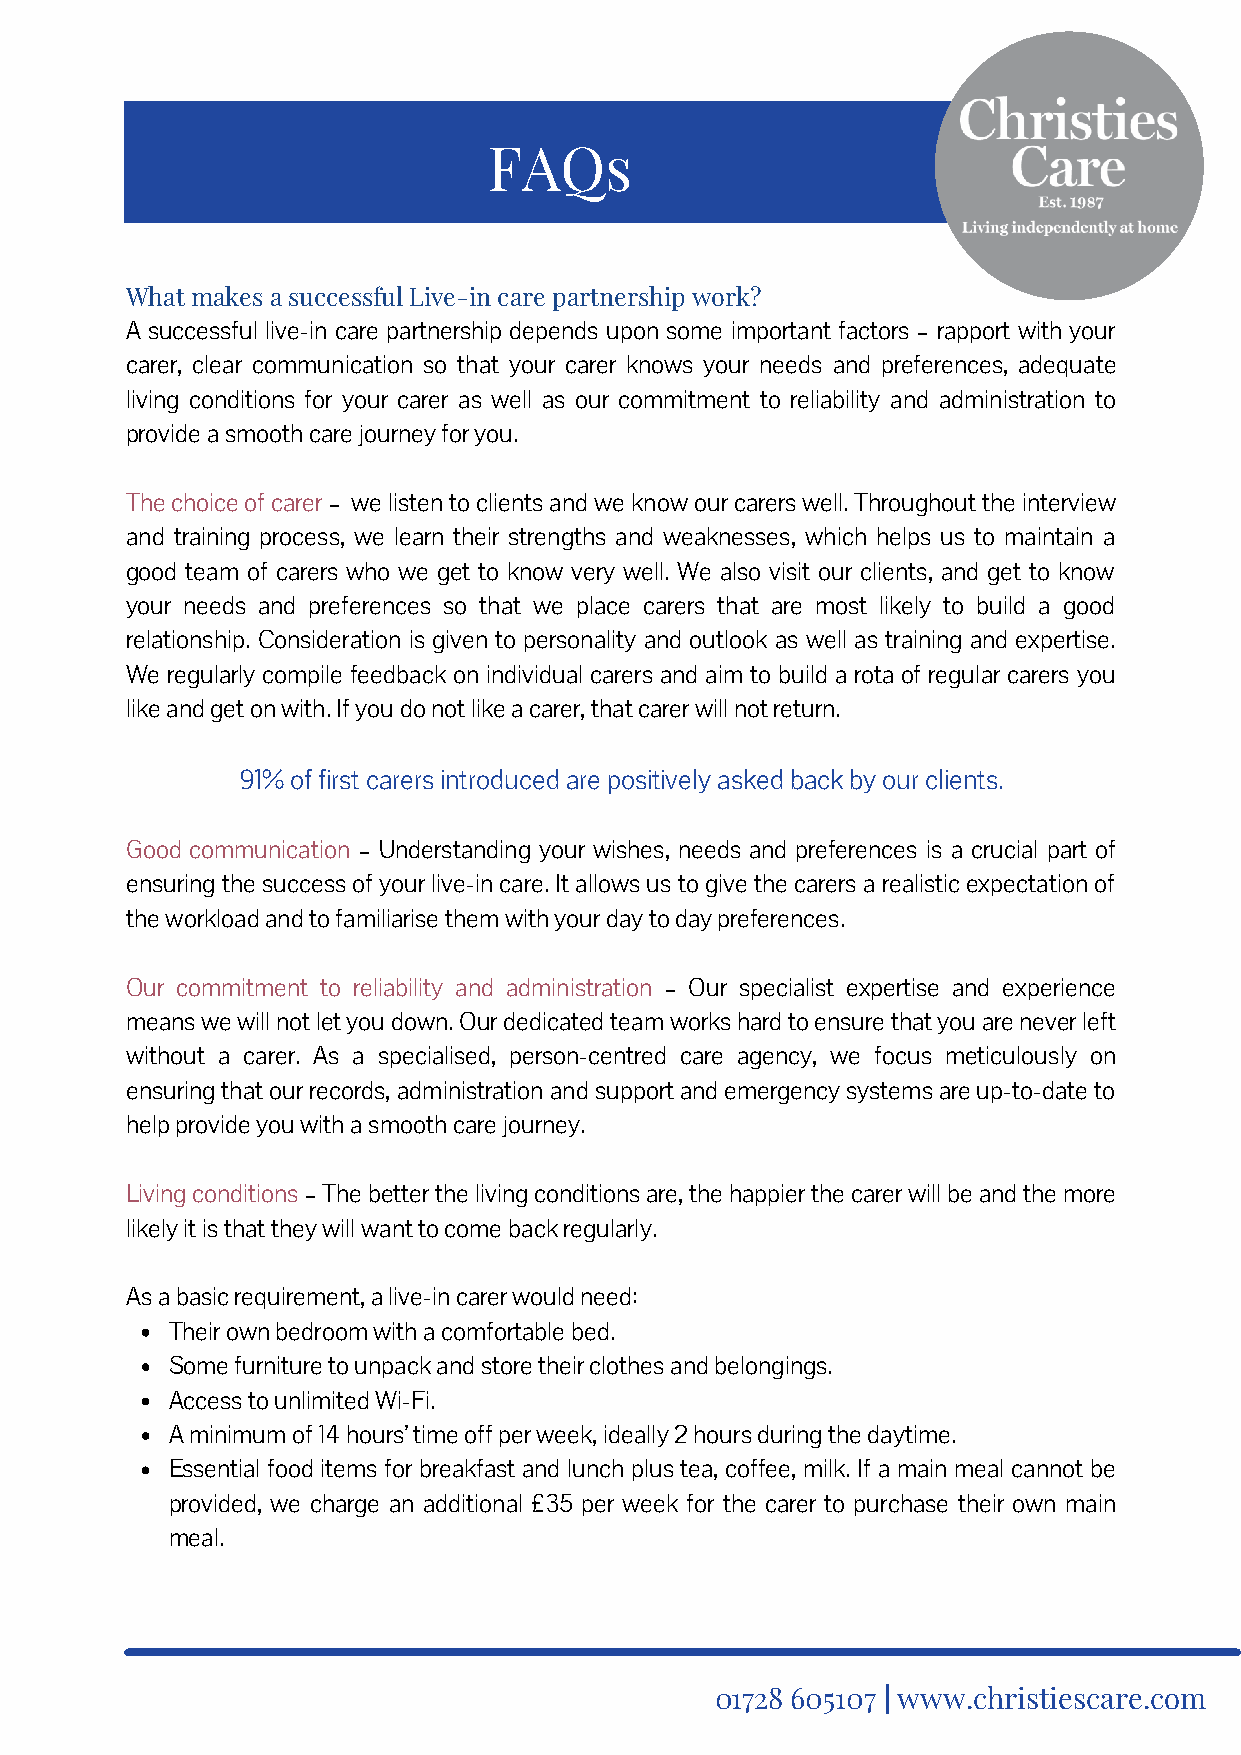
FAQs
 What makes a successful Live-in care partnership work?
 A successful live-in care partnership depends upon some important factors – rapport with your
 carer, clear communication so that your carer knows your needs and preferences, adequate
 living conditions for your carer as well as our commitment to reliability and administration to
 provide a smooth care journey for you.
 The choice of carer – we listen to clients and we know our carers well. Throughout the interview
 and training process, we learn their strengths and weaknesses, which helps us to maintain a
 good team of carers who we get to know very well. We also visit our clients, and get to know
 your needs and preferences so that we place carers that are most likely to build a good
 relationship. Consideration is given to personality and outlook as well as training and expertise.
 We regularly compile feedback on individual carers and aim to build a rota of regular carers you
 like and get on with. If you do not like a carer, that carer will not return.
 91% of first carers introduced are positively asked back by our clients.
 Good communication – Understanding your wishes, needs and preferences is a crucial part of
 ensuring the success of your live-in care. It allows us to give the carers a realistic expectation of
 the workload and to familiarise them with your day to day preferences.
 Our commitment to reliability and administration – Our specialist expertise and experience
 means we will not let you down. Our dedicated team works hard to ensure that you are never left
 without a carer. As a specialised, person-centred care agency, we focus meticulously on
 ensuring that our records, administration and support and emergency systems are up-to-date to
 help provide you with a smooth care journey.
 Living conditions – The better the living conditions are, the happier the carer will be and the more
 likely it is that they will want to come back regularly.
 As a basic requirement, a live-in carer would need:
 Their own bedroom with a comfortable bed.
 Some furniture to unpack and store their clothes and belongings.
 Access to unlimited Wi-Fi.
 A minimum of 14 hours’ time off per week, ideally 2 hours during the daytime.
 Essential food items for breakfast and lunch plus tea, coffee, milk. If a main meal cannot be
 provided, we charge an additional £35 per week for the carer to purchase their own main
 meal.
 01728 605107 | www.christiescare.com